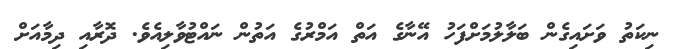
ނިކަތު ވަށައިގެން ބަލާލުމަށްފަހު އޭނާގެ އަތް އަމްރުގެ އަތުން ނައްޓުވާލިއެވެ. ދޮރާއި ދިމާއަށް